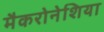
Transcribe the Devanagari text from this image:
मैकरोनेशिया